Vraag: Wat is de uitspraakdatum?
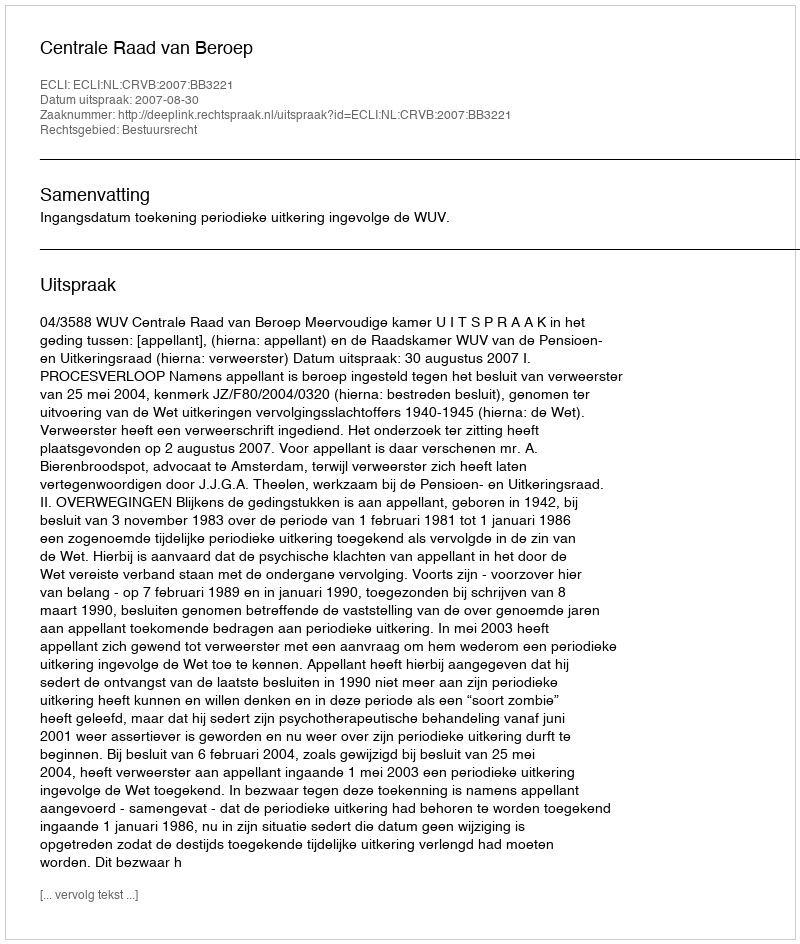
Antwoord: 2007-08-30